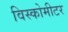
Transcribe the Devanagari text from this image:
विस्कोमीटर